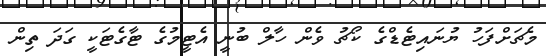
މެޗަށްފަހު ޔުނައިޓެޑްގެ ކޯޗު ވެން ހާލް ބުނީ އެޓީމުގެ ޓާގެޓަކީ ގަދަ ތިން